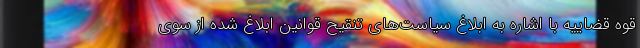
قوه قضاییه با اشاره به ابلاغ سیاست‌های تنقیح قوانین ابلاغ شده از سوی